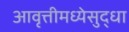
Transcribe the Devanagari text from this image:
आवृत्तीमध्येसुद्धा